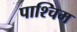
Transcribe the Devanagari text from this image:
पाश्चिम